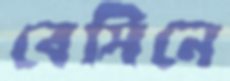
বেসিনে